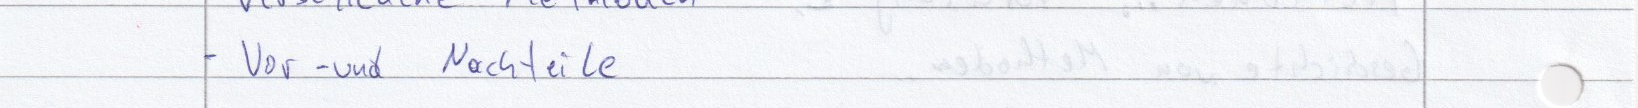
- Vor - und Nachteile